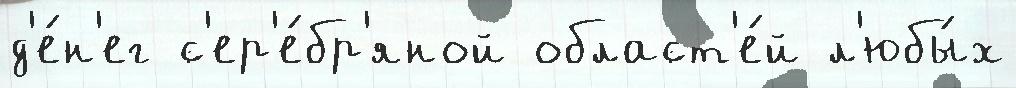
д'е́н'ег с'ер'е́бр'яной област'е́й л'юбы́х